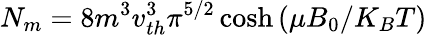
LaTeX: N_{m}=8m^{3}v_{th}^{3}\pi^{5/2}\cosh{(\mu B_{0}/K_{B}T)}